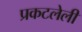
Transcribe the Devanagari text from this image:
प्रकटलेली